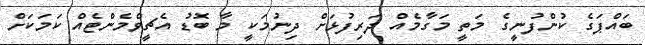
ބައްޕަގެ ކުންފުނީގެ މަތީ މަގާމެއް ދަރިފުޅަށް ދިނުމަކީ މާ ބޮޑު އެޗީވްމެންޓެއް ކަމަކަށް